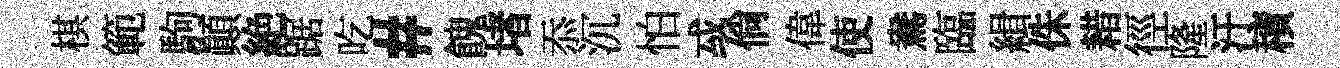
棋範駒顛絶踞吃#餽堵忝沉怕㦯倘偉使鴦臨緝侏耤徑隆汙積